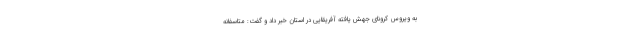
به ویروس کرونای جهش یافته آفریقایی در استان خبر داد و گفت: متاسفانه